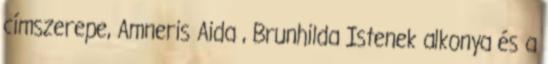
címszerepe, Amneris Aida , Brunhilda Istenek alkonya és a